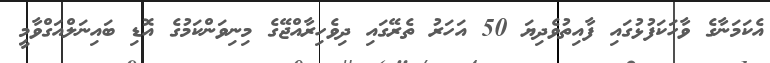
އެކަމަނާގެ ވާހަކަފުޅުގައި ފާއިތުވެދިޔަ 50 އަހަރު ތެރޭގައި ދިވެހިރާއްޖޭގެ މިނިވަންކަމުގެ އޮޑި ބައިނަލްއަގްވާމީ